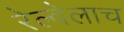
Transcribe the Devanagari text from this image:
रेल्वेलाच